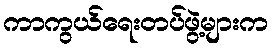
ကာကွယ်ရေးတပ်ဖွဲ့များက